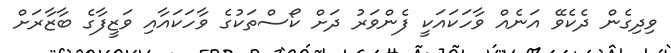
ވިދިގެން ދެކެވޭ އަނެއް ވާހަކައަކީ ފެންވަރު ދަށް ކޯސްތަކުގެ ވާހަކައާއި ވަޒީފާގެ ބާޒާރަށް